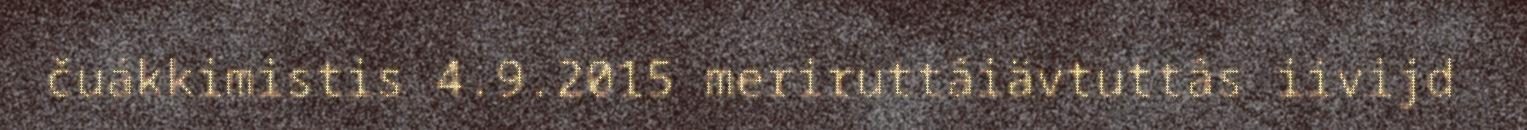
čuákkimistis 4.9.2015 meriruttâiävtuttâs iivijd